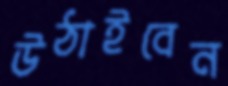
উঠাইবেন